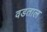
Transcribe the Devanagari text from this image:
वडताल